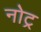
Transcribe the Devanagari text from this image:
नोट्र